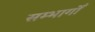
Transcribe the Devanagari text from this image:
सम्भागोँ